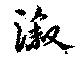
漵